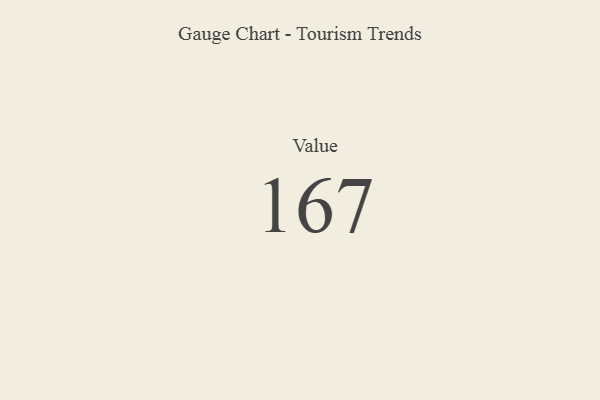
{"axis": {"x": "Metric", "y": "Value"}, "legend": [""], "data": [{"x": "Value", "y": 167, "type": ""}]}